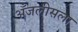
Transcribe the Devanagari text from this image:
अँजलीसला